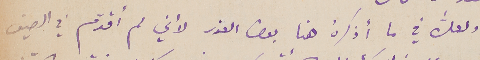
ولعل ﱣفي ما أذكرهُ هنا بعض العذر لأني لم أقدّم في الصيف